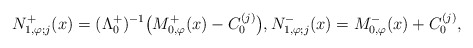
\begin{align*}N_{1, \varphi; j}^{+}(x) =(\Lambda_0^+)^{-1} \big({M_{0, \varphi}^{+}(x)}-C_{0}^{(j)}\big), N_{1, \varphi; j}^{-}(x) = {M_{0, \varphi}^{-}(x)}+C_{0}^{(j)},\end{align*}